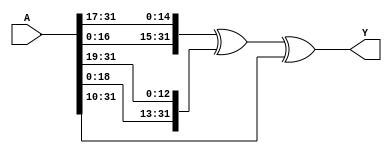
`ifndef MOD_S1
`define MOD_S1
module MOD_S1(
    input [31:0] A,
    output [31:0] Y
);

assign Y = {A[16:0],  A[31:17]} ^{A[18:0],  A[31:19]} ^{10'b0000000000, A[31:10]};
    
endmodule
`endif